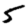
Digit: 5